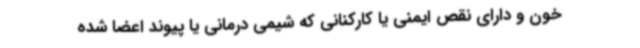
خون و دارای نقص ایمنی یا کارکنانی که شیمی درمانی یا پیوند اعضا شده